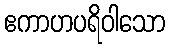
ဧကာဟပရိဝါသော